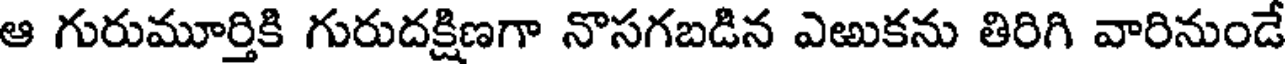
ఆ గురుమూర్తికి గురుదక్షిణగా నొసగబడిన ఎఱుకను తిరిగి వారినుండే